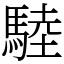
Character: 𩣱